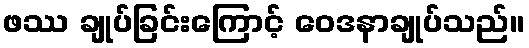
ဖဿ ချုပ်ခြင်းကြောင့် ဝေဒနာချုပ်သည်။